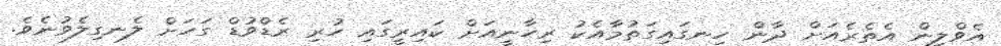
އެވްލީން އެތެރެއަށް ދާން ހިނގައިގަތުމާއެކު ރިހާނީއަށް ކައިރީގައި ހުރި ރެޑްވުޑް ގަހަށް ލެނގިލެވުނެވެ.